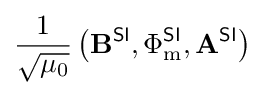
{\frac {1}{\sqrt {\mu _{0}}}}\left(\mathbf {B} ^{\textsf {SI}},\Phi _{\text{m}}^{\textsf {SI}},\mathbf {A} ^{\textsf {SI}}\right)